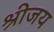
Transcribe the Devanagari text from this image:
श्रीजय